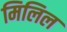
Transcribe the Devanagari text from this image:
मिलिल